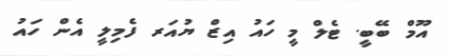
އޫމް ބޭބީ. ޓެލް މީ ހައު އިޒް ޔުއަރ ފެމިލީ އެން ހައު